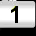
Digit: 1